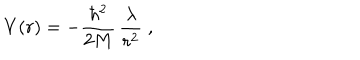
LaTeX: V ( r ) = - \frac { \hbar ^ { 2 } } { 2 M } \, \frac { \lambda } { r ^ { 2 } } \; ,